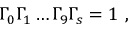
\Gamma _ { 0 } \Gamma _ { 1 } \dots \Gamma _ { 9 } \Gamma _ { s } = 1 \ ,